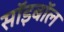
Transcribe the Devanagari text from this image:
सॉइबॉल